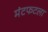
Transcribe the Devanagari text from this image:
मंटफटला